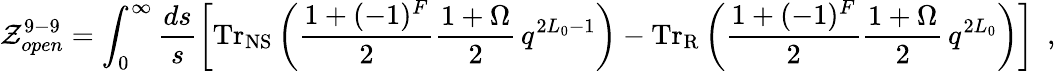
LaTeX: {\cal Z}_{open}^{9-9}=\int_{0}^{\infty}\frac{ds}{s}\left[\mathrm{Tr}_{\mathrm{NS}}\left({{\frac{1+(-1)^{F}}{2}}}{\frac{1+\Omega}{2}}\, q^{2L_{0}-1}\right)-\mathrm{Tr}_{\mathrm{R}}\left({{\frac{1+(-1)^{F}}{2}}}{\frac{1+\Omega}{2}}\, q^{2L_{0}}\right)\right]~~,